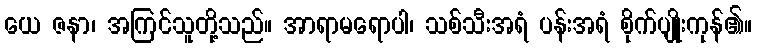
ယေ ဇနာ၊ အကြင်သူတို့သည်။ အာရာမရောပါ၊ သစ်သီးအရံ ပန်းအရံ စိုက်ပျိုးကုန်၏။